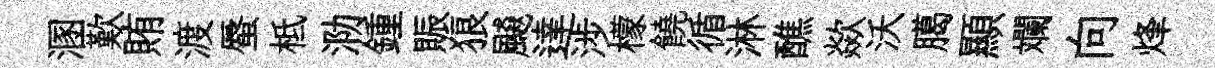
溷歎賄渡蜃柢泐鍾賑狼飇達涉檬饒循淋醮歘沃臈顯斕向烽